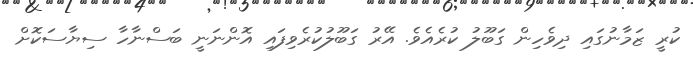
ކުރީ ޒަމާނުގައި ދިވެހިން ގަބޫލު ކުރެއެވެ. އޭރު ގަބޫލުކުރެވިފައި އޮންނަނީ ބަސްނާހާ ސިޔާސަކޮށް